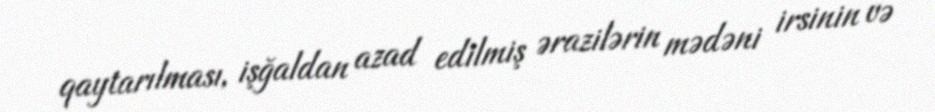
qaytarılması, işğaldan azad edilmiş ərazilərin mədəni irsinin və